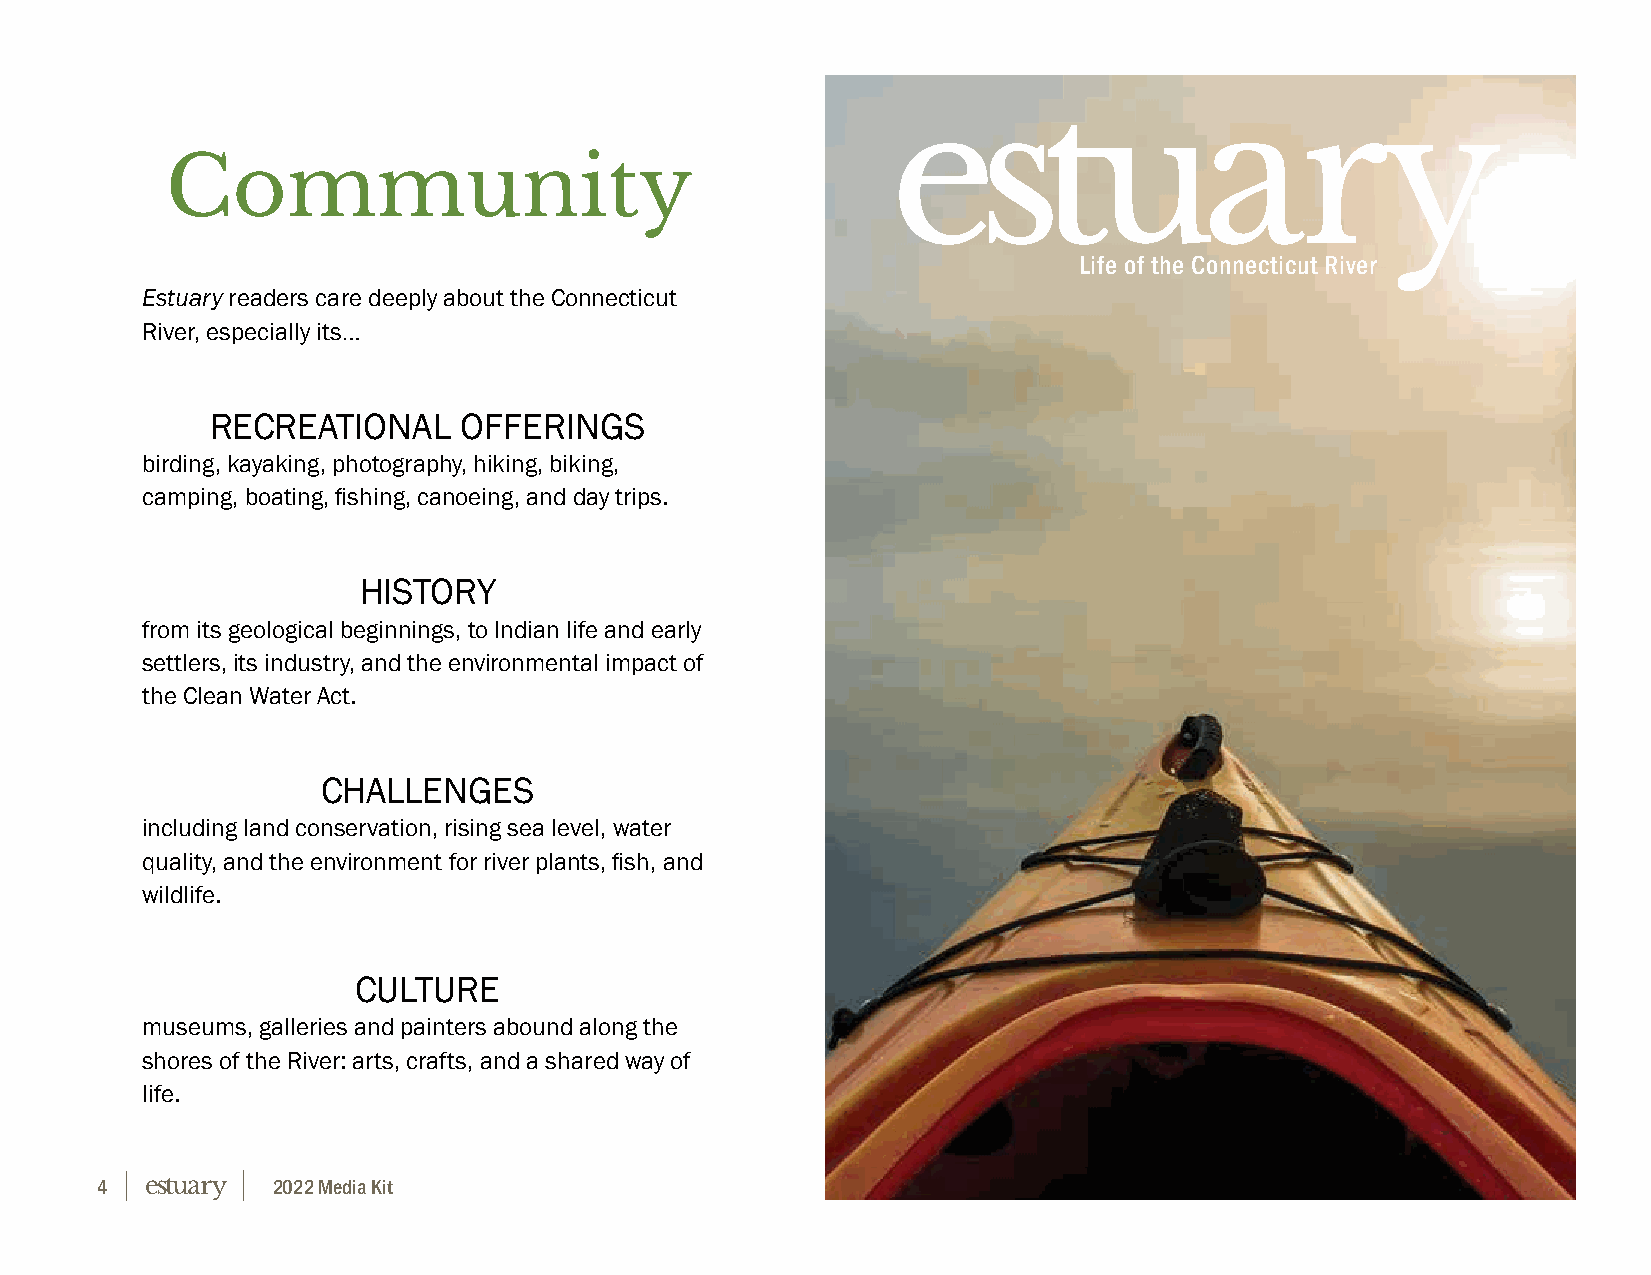
Community
 Life of the Connecticut River
 Estuary readers care deeply about the Connecticut
 River, especially its…
 RECREATIONAL    OFFERINGS
 birding, kayaking, photography, hiking, biking,
 camping, boating, fishing, canoeing, and day trips.
 HISTORY
 from its geological beginnings, to Indian life and early
 settlers, its industry, and the environmental impact of
 the Clean Water Act.
 CHALLENGES
 including land conservation, rising sea level, water
 quality, and the environment for river plants, fish, and
 wildlife.
 CULTURE
 museums, galleries and painters abound along the
 shores of the River: arts, crafts, and a shared way of
 life.
 4           2022 Media Kit